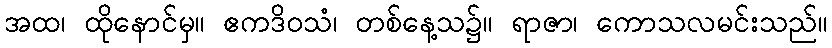
အထ၊ ထိုနောင်မှ။ ဧကဒိဝသံ၊ တစ်နေ့သ၌။ ရာဇာ၊ ကောသလမင်းသည်။